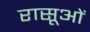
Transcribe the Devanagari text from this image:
रासूओं